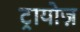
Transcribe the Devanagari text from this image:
ट्रायोज़